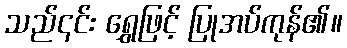
သည်၎င်း ရွှေဖြင့် ပြုအပ်ကုန်၏။